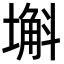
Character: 𡐗